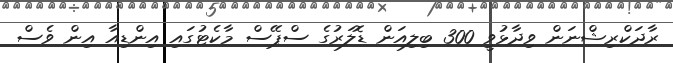
ރާދަކްރިޝްނަން ވިދާޅުވީ 300 ބިލިއަން ޑޮލަރުގެ ސްޕޭސް މާކެޓުގައި އިންޑިއާ އިން ވެސް